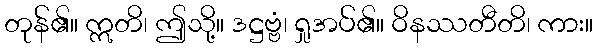
တုန်၏။ ဣတိ၊ ဤသို့။ ဒဋ္ဌဗ္ဗံ၊ ရှုအပ်၏။ ဝိနဿတီတိ၊ ကား။